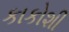
કાકોશી